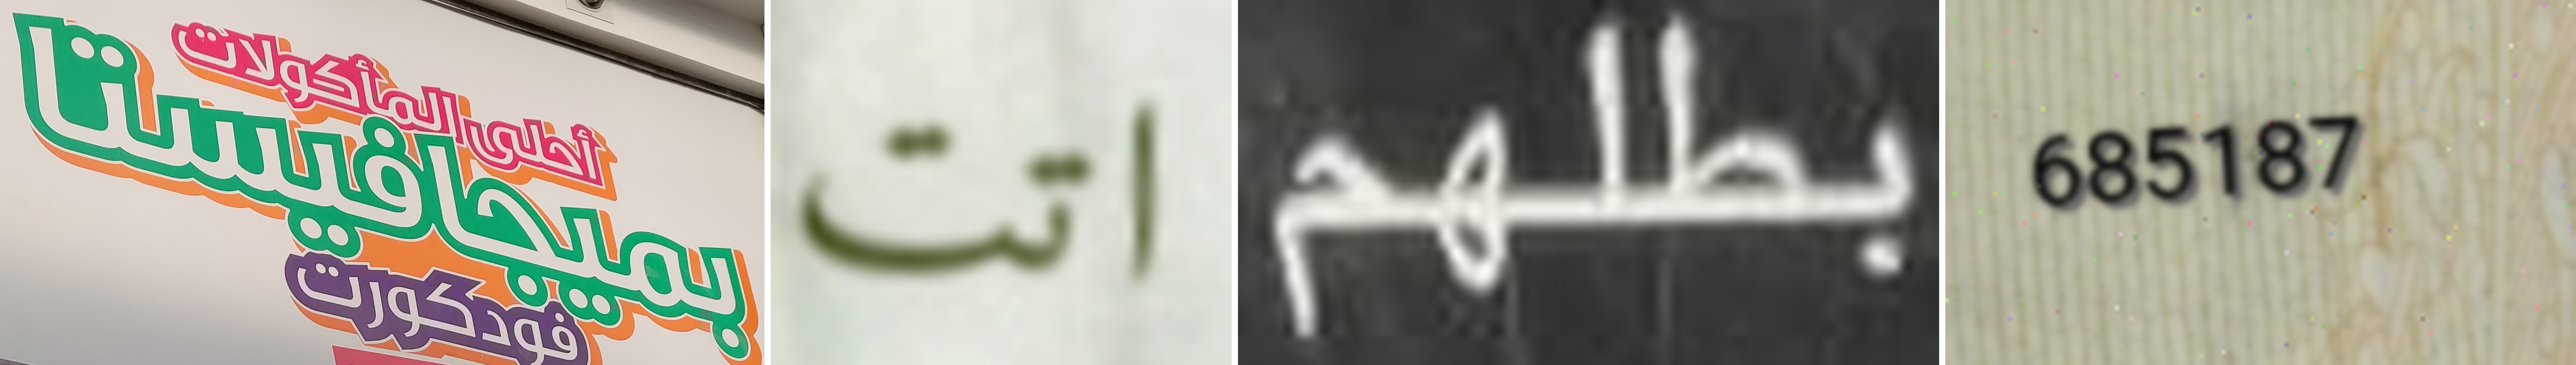
بميجافيستا اتت بطلهم 685187